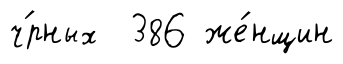
ч́рных 386 же́нщин